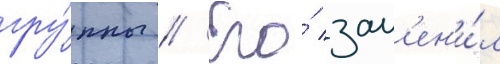
гру́ппы // Его́ зам'ен'и́л